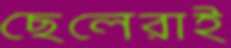
ছেলেরাই